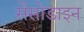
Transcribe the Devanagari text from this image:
सेंसोडाइन